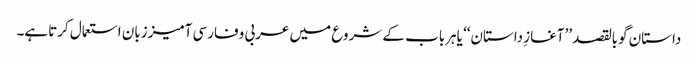
داستان گوبالقصد ’’آغازِ داستان‘‘ یاہرباب کے شروع میں عربی وفارسی آمیززبان استعمال کرتاہے۔